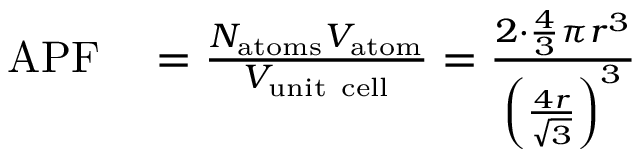
\begin{array} { r l } { \mathrm { A P F } } & { { } = { \frac { N _ { \mathrm { a t o m s } } V _ { \mathrm { a t o m } } } { V _ { \mathrm { u n i t ~ c e l l } } } } = { \frac { 2 \cdot { \frac { 4 } { 3 } } \pi r ^ { 3 } } { \left( { \frac { 4 r } { \sqrt { 3 } } } \right) ^ { 3 } } } } \end{array}